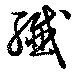
繊